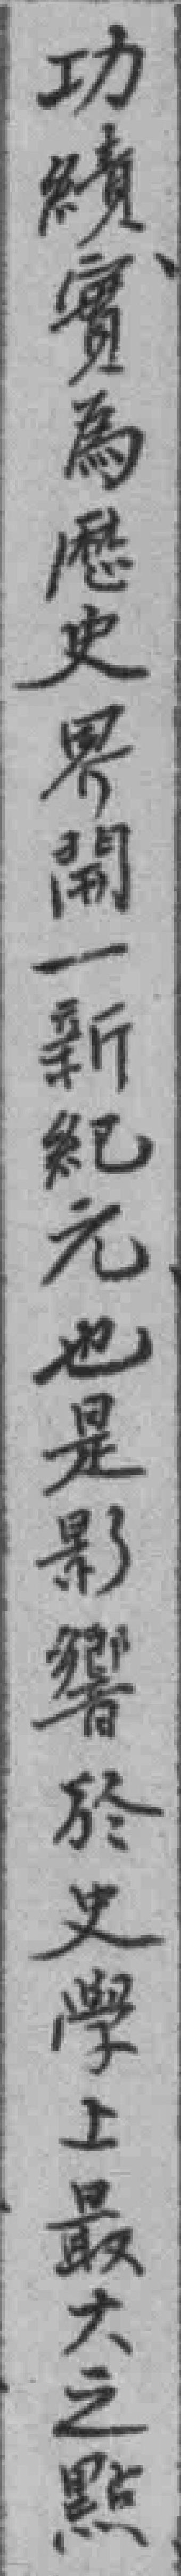
功續實為歷史界開一新紀元也是影響於史學上最大之點